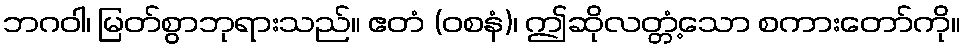
ဘဂဝါ၊ မြတ်စွာဘုရားသည်။ ဧတံ (ဝစနံ)၊ ဤဆိုလတ္တံ့သော စကားတော်ကို။